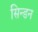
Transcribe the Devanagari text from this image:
सिन्डन